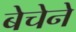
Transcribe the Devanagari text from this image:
बेचेने